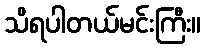
သိရပါတယ်မင်းကြီး။